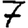
Digit: 7